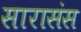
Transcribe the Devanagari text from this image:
सारासंस